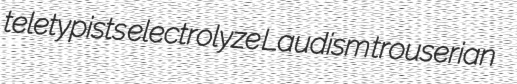
teletypists electrolyze Laudism trouserian